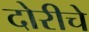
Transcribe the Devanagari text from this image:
दोरीचे